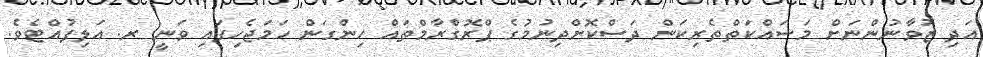
އަދި ޒުވާނުންނަށް މަސައްކަތްތެރިކަން ދަސްކޮށްދިނުމުގެ ޕްރޮގްރާމްތައް ހިންގަން ހަމަޖެހިފައި ވަނީ ރ. އަލިފުއްޓެވެ.